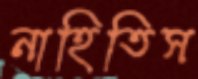
নাহিতিস